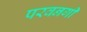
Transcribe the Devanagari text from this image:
परवनगी